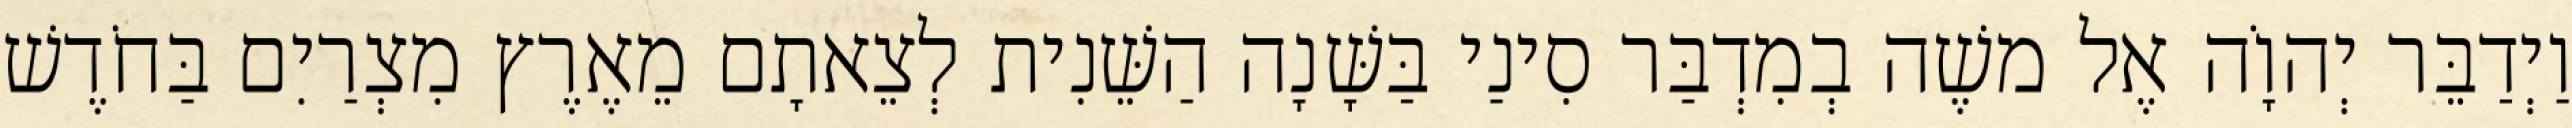
וַיְדַבֵּר יְהוָֹה אֶל משֶׁה בְמִדְבַּר סִינַי בַּשָּׁנָה הַשֵּׁנִית לְצֵאתָם מֵאֶרֶץ מִצְרַיִם בַּחֹדֶשׁ